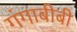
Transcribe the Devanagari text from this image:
गंगाबीबी